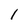
Character: 1